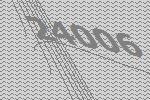
24006